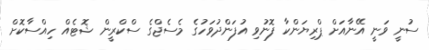
ސުނީ ވަނީ އޭނާއަށް ޕްރިޔަންކާ ފޮނުވި އުފަންދުވަހުގެ މެސެޖްގެ ސްކްރީން ޝޮޓެއް ހިއްސާކޮށް